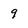
Character: 9